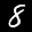
Label: 8